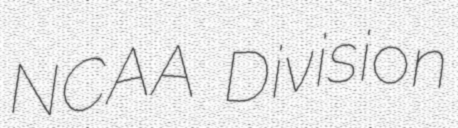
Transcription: NCAA Division